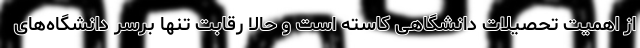
از اهمیت تحصیلات دانشگاهی کاسته است و حالا رقابت تنها برسر دانشگاه‌های